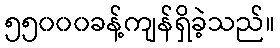
၅၅၀၀၀ခန့်ကျန်ရှိခဲ့သည်။